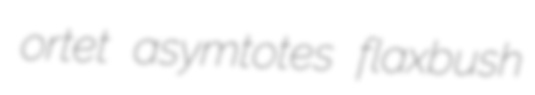
ortet asymtotes flaxbush